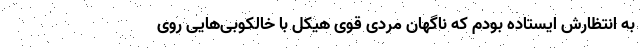
به انتظارش ایستاده بودم که ناگهان مردی قوی هیکل با خالکوبی‌هایی روی